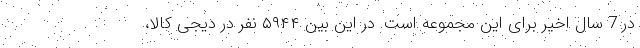
در 7 سال اخیر برای این مجموعه است. در این بین ۵۹۴۴ نفر در دیجی کالا،